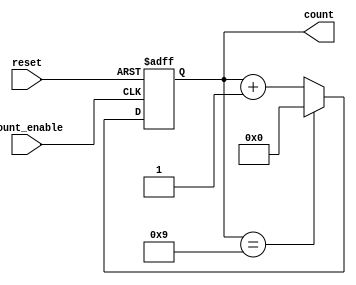
module BCD_Counter(
    input wire count_enable,   // Trigger input to initiate counting
    input wire reset,          // Reset signal to set counter to 0000
    output reg [3:0] count     // 4-bit output for BCD count value
);

// Asynchronous reset and count logic
always @(posedge count_enable or posedge reset) begin
    if (reset) begin
        count <= 4'b0000; // Reset the count to 0
    end else begin
        // Count logic
        if (count == 4'b1001) begin
            count <= 4'b0000; // If count is 9 (1001), reset to 0
        end else begin
            count <= count + 1'b1; // Otherwise, increment the count
        end
    end
end

endmodule